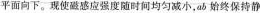
平面向下。现使磁感应强度随时间均匀减小，ab始终保持静